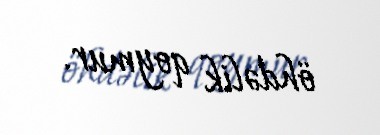
öhdəlik qoymur.